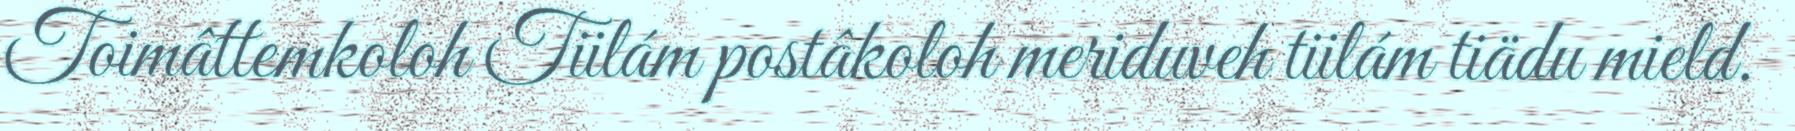
Toimâttemkoloh Tiilám postâkoloh meriduveh tiilám tiädu mield.